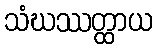
သံဃဿတ္ထာယ